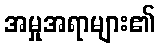
အမှုအရာများ၏